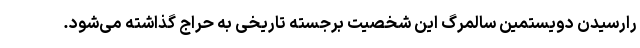
رارسیدن دویستمین سالمرگ این شخصیت برجسته تاریخی به حراج گذاشته می‌شود.